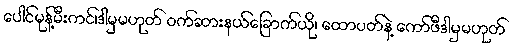
ပေါင်မုန့်မီးကင်၊ဒါမှမဟုတ် ဝက်ဆားနယ်ခြောက်ယို၊ ထောပတ်နဲ့ ကော်ဖီဒါမှမဟုတ်